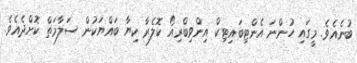
ބުނެއެވެ. މީގައި ހުންނަ އެންޓިބައިޓިކް އިންވިބްރިއޯ ކޮލެރާ ކިޔާ ބައްޔަކުން ސަލާމަތް ކޮށްދެއެވެ.